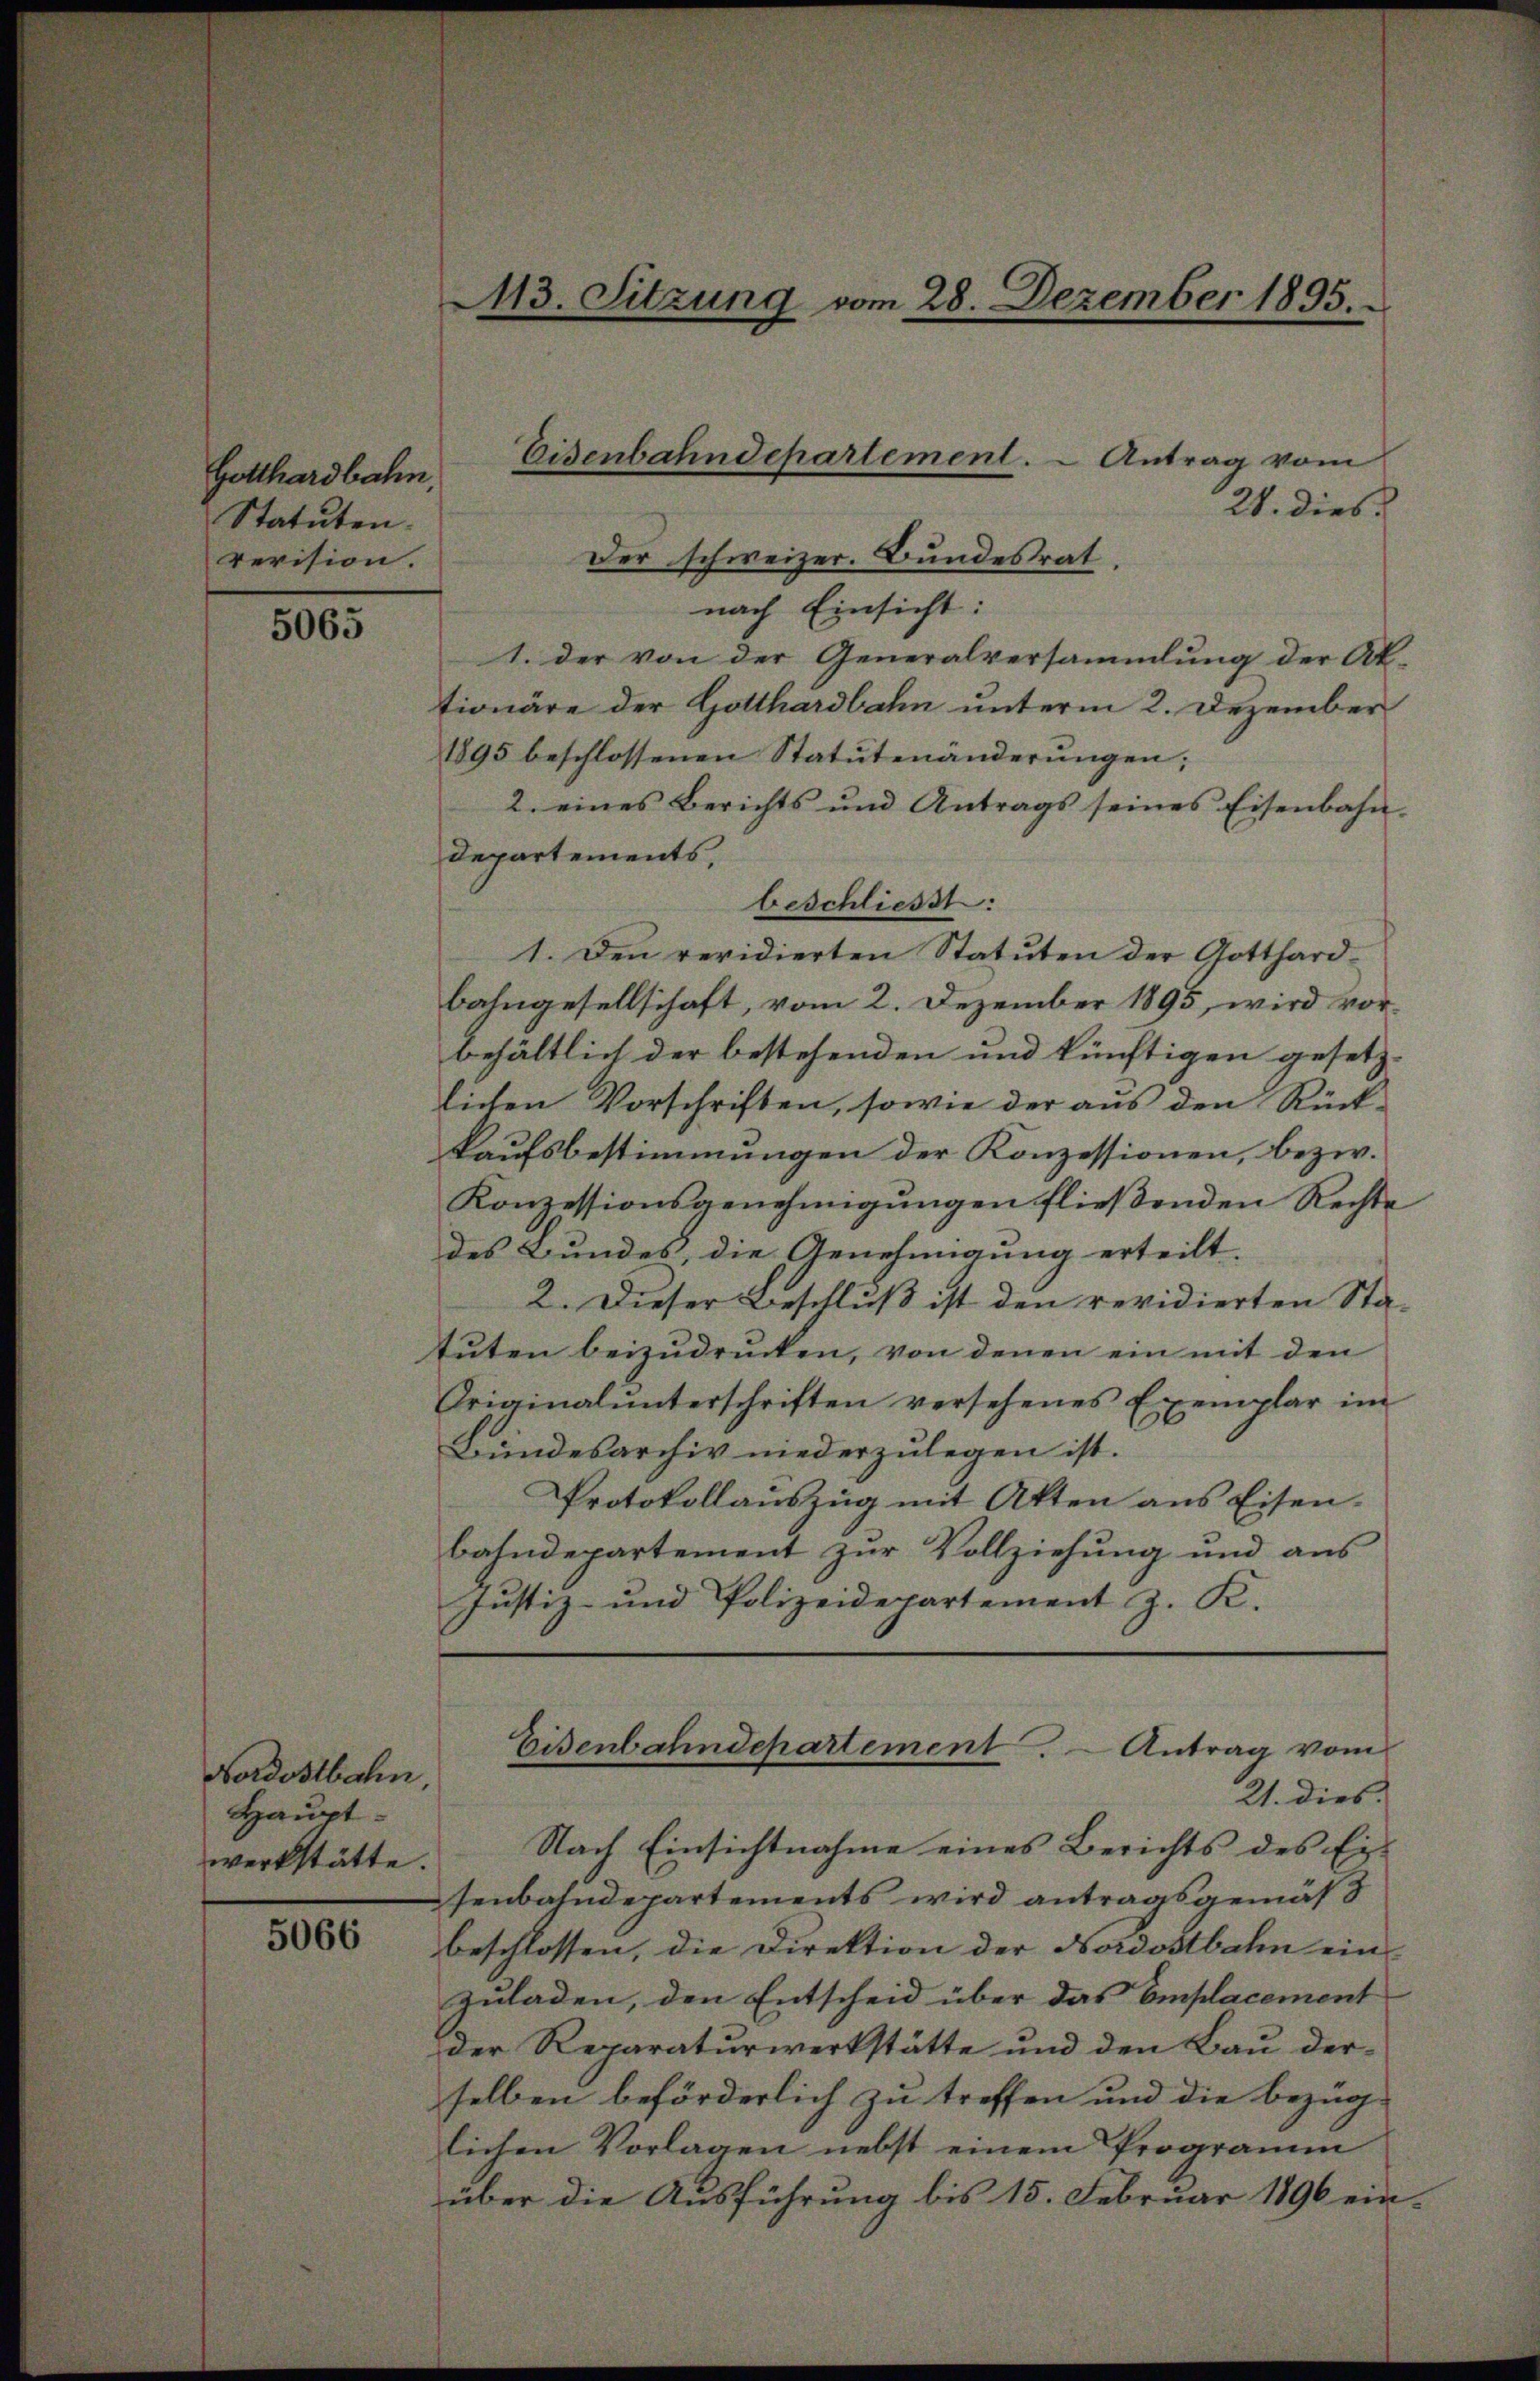
Gotthardbahn,
Statuten.
revision.

5065

Nordostbahn
Hauptwerkstätte.

5066

113. Sitzung vom 28. Dezember 1895.

24. dies
Der schweizer. Bundesrat.
nach Einsicht:
1. der von der Generalversammlung der Ak-
tionäre der Gotthardbahn unterm 2. Dezember
1895 beschlossenen Statutenänderungen;
2. eines Berichts und Antrags seines Eisenbahn-
Departements,
beschliesst:
1. Den revidierten Statuten der Gotthard-
bahngesellschaft, vom 2. Dezember 1895, wird vorbehältlich der bestehenden und künftigen gesetz-
lichen Vorschriften, sowie der aus den Rück-
kaufsbestimmungen der Konzessionen, bezw.
Konzessionsgenehmigungen fließenden Rechte
des Bundes, die Genehmigung erteilt.
2. Dieser Beschluß ist den revidierten Sta-
tuten beizudrucken, von denen ein mit den
Originalunterschriften versehenes Exemplar im
Bundesarchiv niederzulegen ist.
Protokollauszug mit Akten aus Eisen.
bahndepartement zur Vollziehung und aus
Justiz- und Polizeidepartement z. K.

Eisenbahndepartement. - Antrag vom

Nach Einsichtnahme eines Berichts des Eisenbahndepartements wird antragsgemäß
beschlossen, die Direktion der Nordostbahn ein-
zuladen, den Entscheid über das Emplacement
der Reparaturwerkstätte und den Bau derselben beförderlich zu treffen und die Bezug
lichen Vorlagen nebst einem Programm
über die Ausführung bis 15. Februar 1890 ein-

Eisenbahndepartement. Antrag vom
21. dies